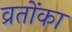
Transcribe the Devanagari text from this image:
व्रतोंका